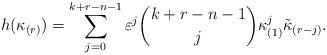
LaTeX: \begin{align*}h(\kappa_{(r)}) =\sum_{j=0}^{k+r-n-1} \varepsilon^j {k+r-n-1 \choose j}\kappa_{(1)}^j \tilde{\kappa}_{(r-j)} . \end{align*}